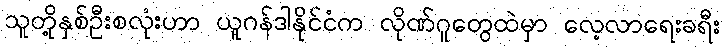
သူတို့နှစ်ဦးစလုံးဟာ ယူဂန်ဒါနိုင်ငံက လိုဏ်ဂူတွေထဲမှာ လေ့လာရေးခရီး